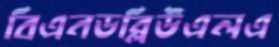
বিএনডব্লিউএলএ